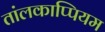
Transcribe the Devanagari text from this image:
तांलकाप्पियम